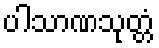
ပါသာဏသုတ္တံ